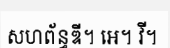
សហព័ន្ធឌី។ អេ។ វី។